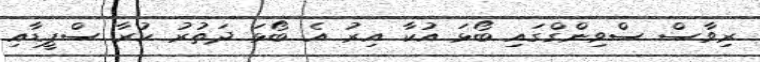
ރިވާސް ސްވިންގްގައި ބޯޅަ އުކާ އިރު އެ ބޯޅަ ދަތުރު ކުރާ ސްޕީޑާއި